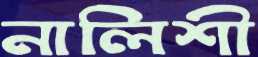
নালিশী